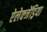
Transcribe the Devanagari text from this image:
ऐलेक्जेंड्रिया